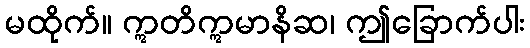
မထိုက်။ ဣတိဣမာနိဆ၊ ဤခြောက်ပါး